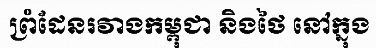
ព្រំដែនរវាងកម្ពុជា និងថៃ នៅក្នុង